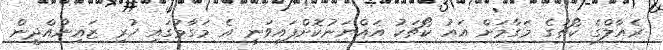
ރެއާލްގެ ކޯޗުގެ މަގާމަށް އައު ކޯޗަކު އައްޔަނުކޮށްފައިވަނީ އެ މަގާމުގައި ހުރި ޒައިނުއްދީން